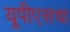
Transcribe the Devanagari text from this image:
यूपीएसचा